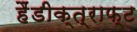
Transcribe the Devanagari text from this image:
हैंडीक्त्राफ्ट